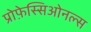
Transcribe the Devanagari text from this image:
प्रोफ़ेस्सिओनल्स